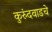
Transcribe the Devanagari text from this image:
कुरुंदवाडचे